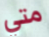
متي